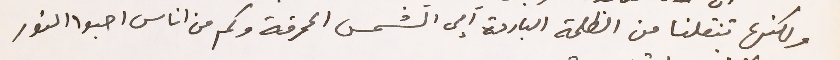
ولكنها تنقلنا من الظلمة الباردة الى الشمس المحرقة وكم من اناس احبوا النور